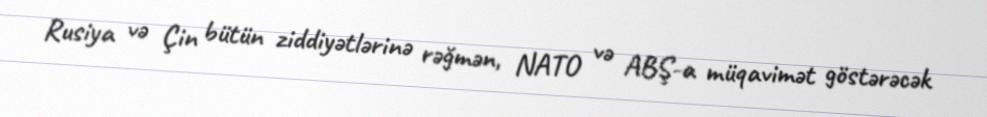
Rusiya və Çin bütün ziddiyətlərinə rəğmən, NATO və ABŞ-a müqavimət göstərəcək